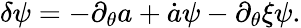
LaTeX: \delta\psi=-\partial_{\theta}a+\dot{a}\psi-\partial_{\theta}\xi\psi.